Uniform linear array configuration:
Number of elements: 8
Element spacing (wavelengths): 0.75
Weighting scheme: cosine
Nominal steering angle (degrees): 15
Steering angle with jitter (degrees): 16.228
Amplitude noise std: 0.05
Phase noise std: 0.05

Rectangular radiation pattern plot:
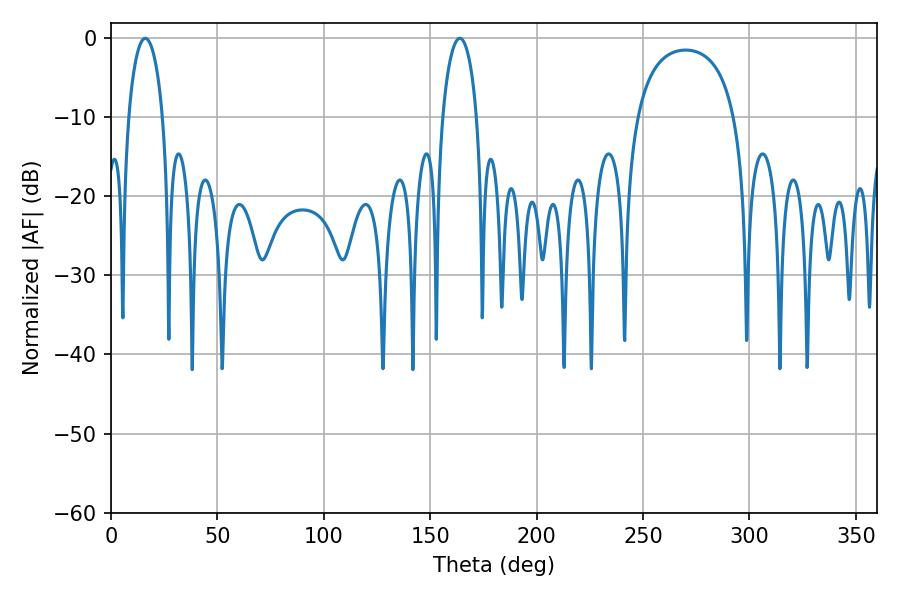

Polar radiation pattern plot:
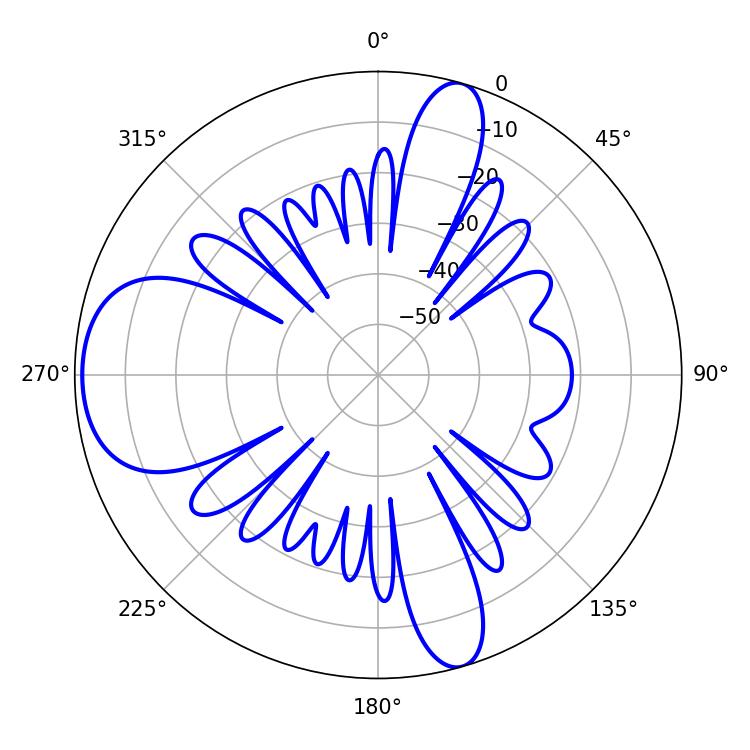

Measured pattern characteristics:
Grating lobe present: TRUE
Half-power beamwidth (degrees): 9.18
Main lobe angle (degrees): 16.02